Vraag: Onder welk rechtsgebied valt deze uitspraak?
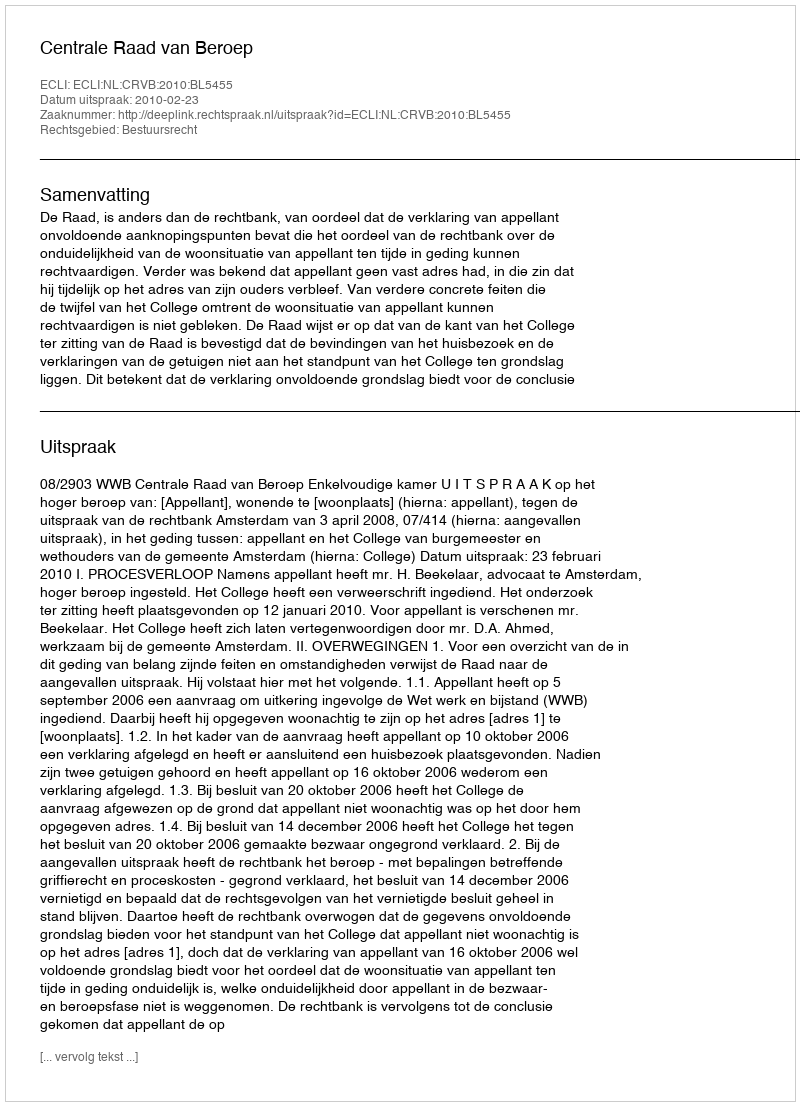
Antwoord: Bestuursrecht